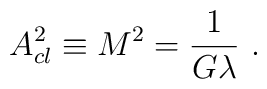
A^2_{cl} \equiv M^2 = \frac{1}{G\lambda} \ .